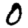
Digit: 0